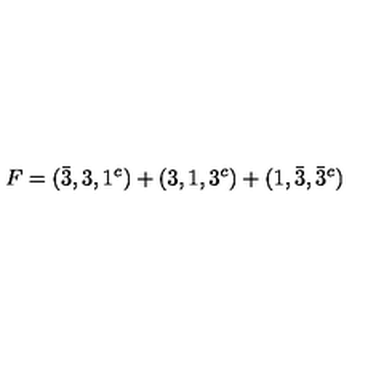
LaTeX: F = ( \bar { 3 } , 3 , 1 ^ { c } ) + ( 3 , 1 , 3 ^ { c } ) + ( 1 , \bar { 3 } , \bar { 3 } ^ { c } )